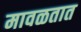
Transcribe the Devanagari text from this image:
मावळतात